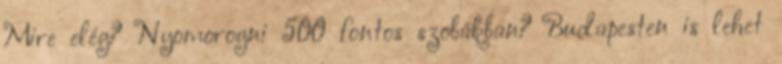
Mire elég? Nyomorogni 500 fontos szobákban? Budapesten is lehet